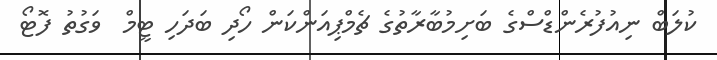
ކުލަބް ނިއުފުރެންޑްސްގެ ބަށިމުބާރާތުގެ ޗެމްޕިއަންކަން ހޯދި ބަދަހި ޓީމް  ވަގުތު ފޮޓޯ